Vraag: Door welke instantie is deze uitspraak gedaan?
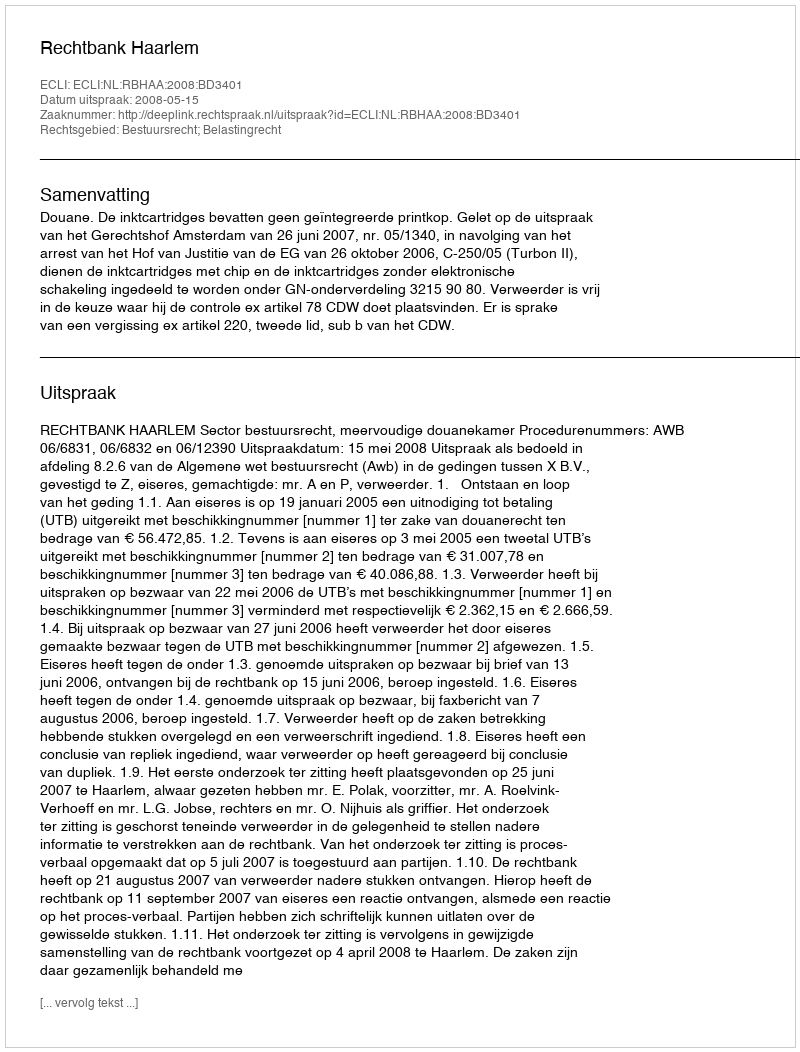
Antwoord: Rechtbank Haarlem